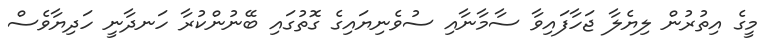
މީގެ އިތުރުން ލިޔެލާ ޖަހާފައިވާ ސާމާނާއި ސުވެނިޔައިގެ ގޮތުގައި ބޭނުންކުރާ ހަނދާނީ ހަދިޔާވެސް